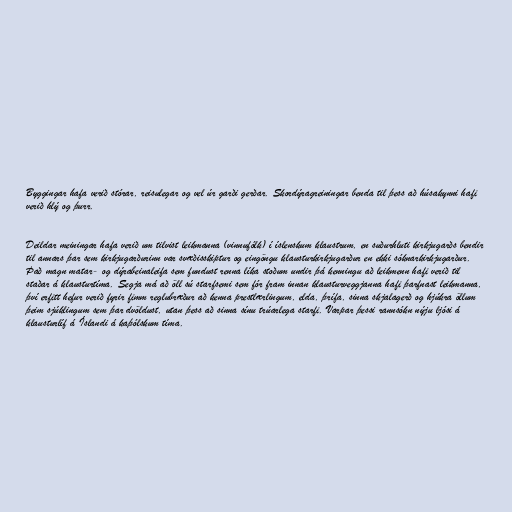
Byggingar hafa verið stórar, reisulegar og vel úr garði gerðar. Skordýragreiningar benda til þess að húsakynni hafi
verið hlý og þurr.

Deildar meiningar hafa verið um tilvist leikmanna (vinnufólk) í íslenskum klaustrum, en suðurhluti kirkjugarðs bendir
til annars þar sem kirkjugarðurinn var svæðisskiptur og eingöngu klausturkirkjugarður en ekki sóknarkirkjugarður.
Það magn matar- og dýrabeinaleifa sem fundust renna líka stoðum undir þá kenningu að leikmenn hafi verið til
staðar á klausturtíma. Segja má að öll sú starfsemi sem fór fram innan klausturveggjanna hafi þarfnast leikmanna,
því erfitt hefur verið fyrir fimm reglubræður að kenna prestlærlingum, elda, þrífa, sinna skjalagerð og hjúkra öllum
þeim sjúklingum sem þar dvöldust, utan þess að sinna sínu trúarlega starfi. Varpar þessi rannsókn nýju ljósi á
klausturlíf á Íslandi á kaþólskum tíma.